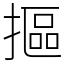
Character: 摳